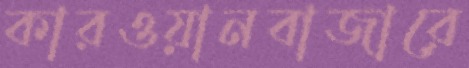
কারওয়ানবাজারে